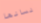
لسانها